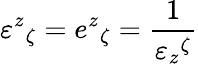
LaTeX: \varepsilon^{z}{}_{\zeta}=e^{z}{}_{\zeta}=\frac{1}{\varepsilon_{z}{}^{\zeta}}